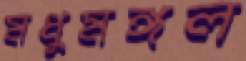
মধুমঙ্গল